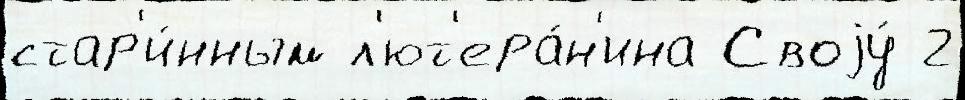
стар'и́нным л'ют'ера́н'ина Своjу́ 2